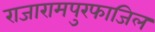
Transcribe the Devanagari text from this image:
राजारामपुरफाजिल